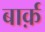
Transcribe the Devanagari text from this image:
बार्क़